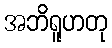
အဘိရူဟတု